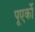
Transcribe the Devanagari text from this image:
पूएर्को